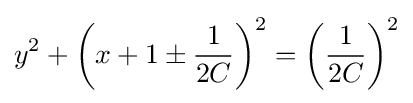
y^{2}+\left(x+1\pm {\frac {1}{2C}}\right)^{2}=\left({\frac {1}{2C}}\right)^{2}